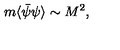
m \langle \bar { \psi } \psi \rangle \sim M ^ { 2 } ,